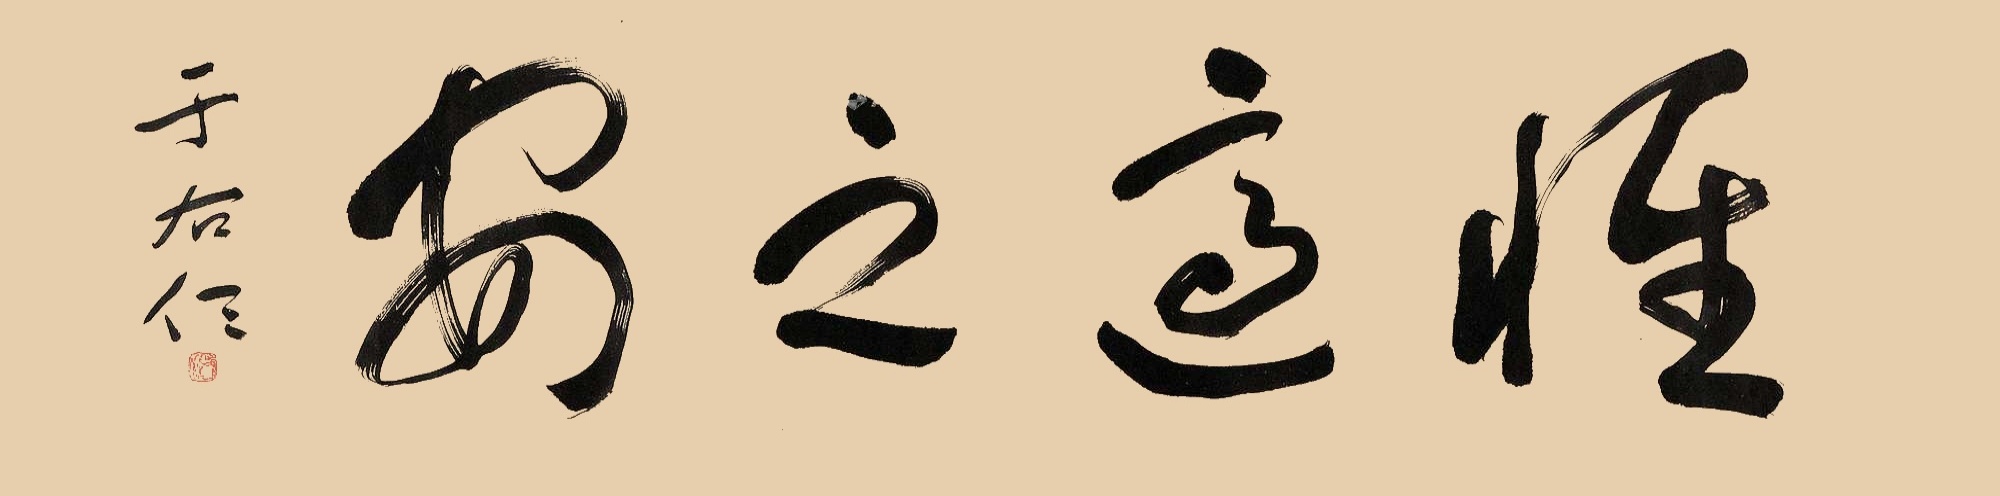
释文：惟适之安。于右任。